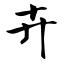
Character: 卉